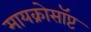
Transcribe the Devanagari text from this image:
मायक्रोसॉप्ट